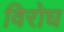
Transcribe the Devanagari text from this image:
विरोघ